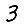
Digit: 3